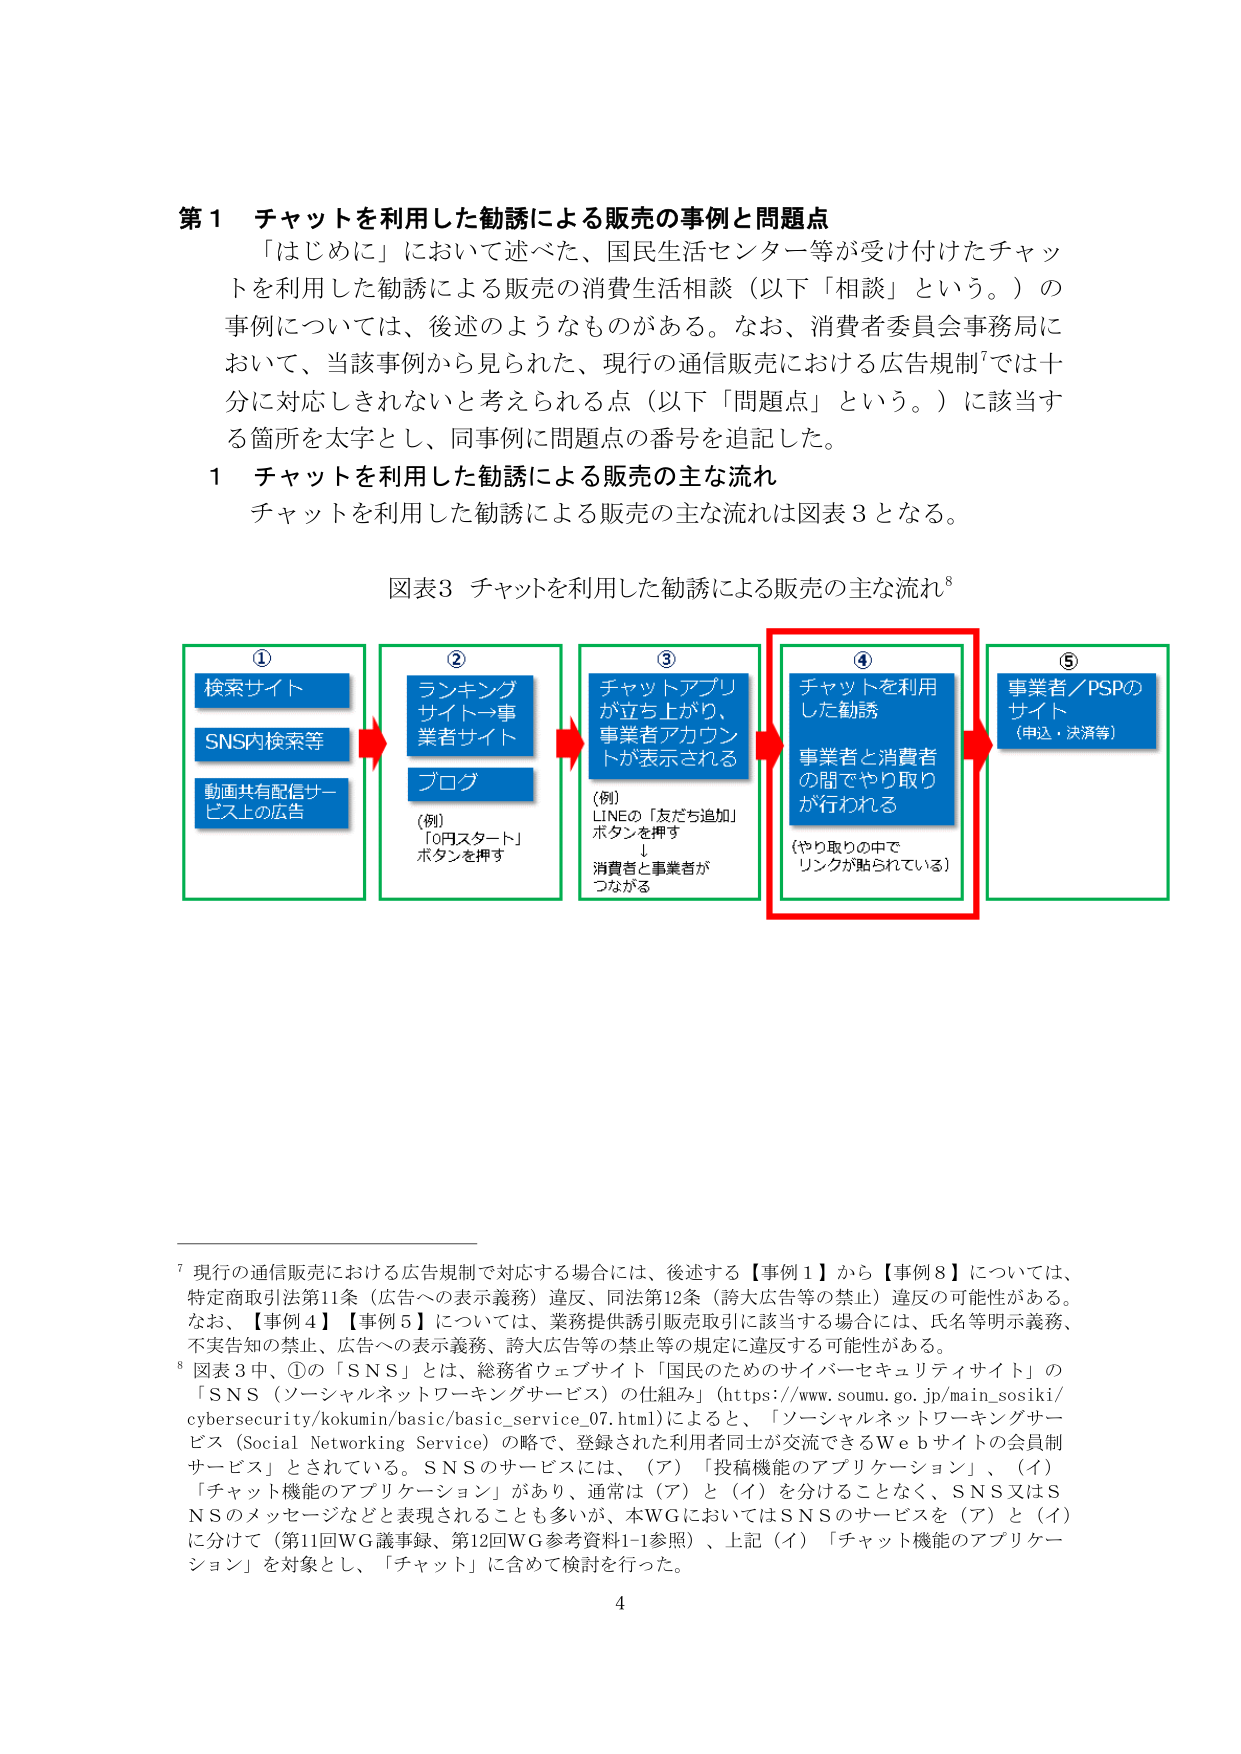
第１ チャットを利用した勧誘による販売の事例と問題点
「はじめに」において述べた、国民生活センター等が受け付けたチャットを利用した勧誘による販売の消費生活相談（以下「相談」という。）の事例については、後述のようなものがある。なお、消費者委員会事務局において、当該事例から見られた、現行の通信販売における広告規制⁷では十分に対応しきれないと考えられる点（以下「問題点」という。）に該当する箇所を太字とし、同事例に問題点の番号を追記した。

１ チャットを利用した勧誘による販売の主な流れ
チャットを利用した勧誘による販売の主な流れは図表３となる。

図表３ チャットを利用した勧誘による販売の主な流れ⁸

①
検索サイト
SNS内検索等
動画共有配信サービス上の広告

②
ランキングサイト→事業者サイト
ブログ
（例）
「0円スタート」ボタンを押す

③
チャットアプリが立ち上がり、事業者アカウントが表示される
（例）
LINEの「友だち追加」ボタンを押す
↓
消費者と事業者がつながる

④
チャットを利用した勧誘
事業者と消費者の間でやり取りが行われる
（やり取りの中でリンクが貼られている）

⑤
事業者／PSPのサイト
（申込・決済等）

⁷ 現行の通信販売における広告規制で対応する場合には、後述する【事例１】から【事例８】については、特定商取引法第11条（広告への表示義務）違反、同法第12条（誇大広告等の禁止）違反の可能性がある。なお、【事例４】【事例５】については、業務提供誘引販売取引に該当する場合には、氏名等明示義務、不実告知の禁止、広告への表示義務、誇大広告等の禁止等の規定に違反する可能性がある。

⁸ 図表３中、①の「SNS」とは、総務省ウェブサイト「国民のためのサイバーセキュリティサイト」の「SNS（ソーシャルネットワーキングサービス）の仕組み」（https://www.soumu.go.jp/main_sosiki/cybersecurity/kokumin/basic/basic_service_07.html）によると、「ソーシャルネットワーキングサービス（Social Networking Service）の略で、登録された利用者同士が交流できるＷｅｂサイトの会員制サービス」とされている。SNSのサービスには、（ア）「投稿機能のアプリケーション」、（イ）「チャット機能のアプリケーション」があり、通常は（ア）と（イ）を分けることなく、SNS又はSNSのメッセージなどと表現されることも多いが、本WGにおいてはSNSのサービスを（ア）と（イ）に分けて（第11回WG議事録、第12回WG参考資料1-1参照）、上記（イ）「チャット機能のアプリケーション」を対象とし、「チャット」に含めて検討を行った。

4